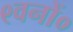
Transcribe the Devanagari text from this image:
९वनों०